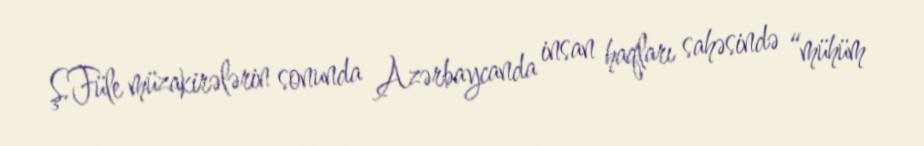
Ş.Füle müzakirələrin sonunda Azərbaycanda insan haqları sahəsində “mühüm